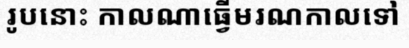
រូបនោះ កាលណាធ្វើមរណកាលទៅ